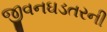
જીવનઘડતરની